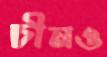
চীনও